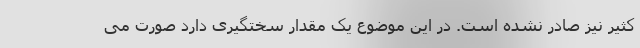
کثیر نیز صادر نشده است. در این موضوع یک مقدار سختگیری دارد صورت می